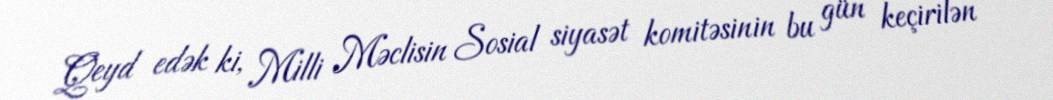
Qeyd edək ki, Milli Məclisin Sosial siyasət komitəsinin bu gün keçirilən